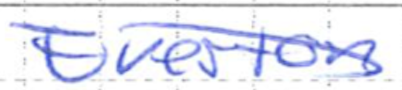
Text: Everton
Cross-out: diagonal
Writing tool: ballpoint